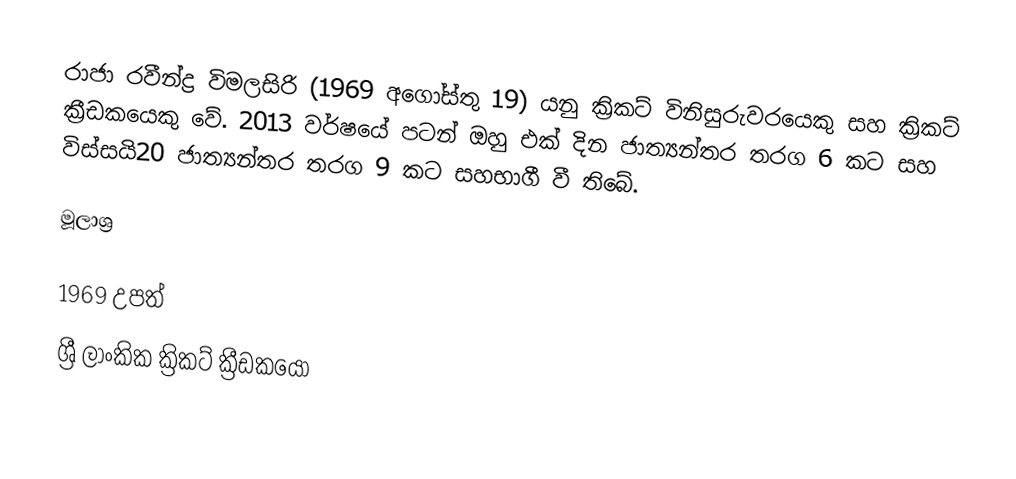
රාජා රවීන්ද්‍ර විමලසිරි (1969 අගෝස්තු 19) යනු ක්‍රිකට් විනිසුරුවරයෙකු සහ ක්‍රිකට් ක්‍රීඩකයෙකු වේ. 2013 වර්ෂයේ පටන් ඔහු එක් දින ජාත්‍යන්තර තරග 6 කට සහ විස්සයි20 ජාත්‍යන්තර තරග 9 කට සහභාගී වී තිබේ.

මූලාශ්‍ර

1969 උපත්
ශ්‍රී ලාංකික ක්‍රිකට් ක්‍රීඩකයෝ‎